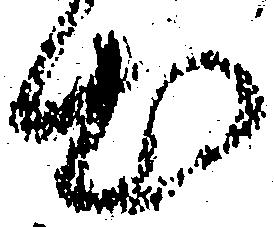
出